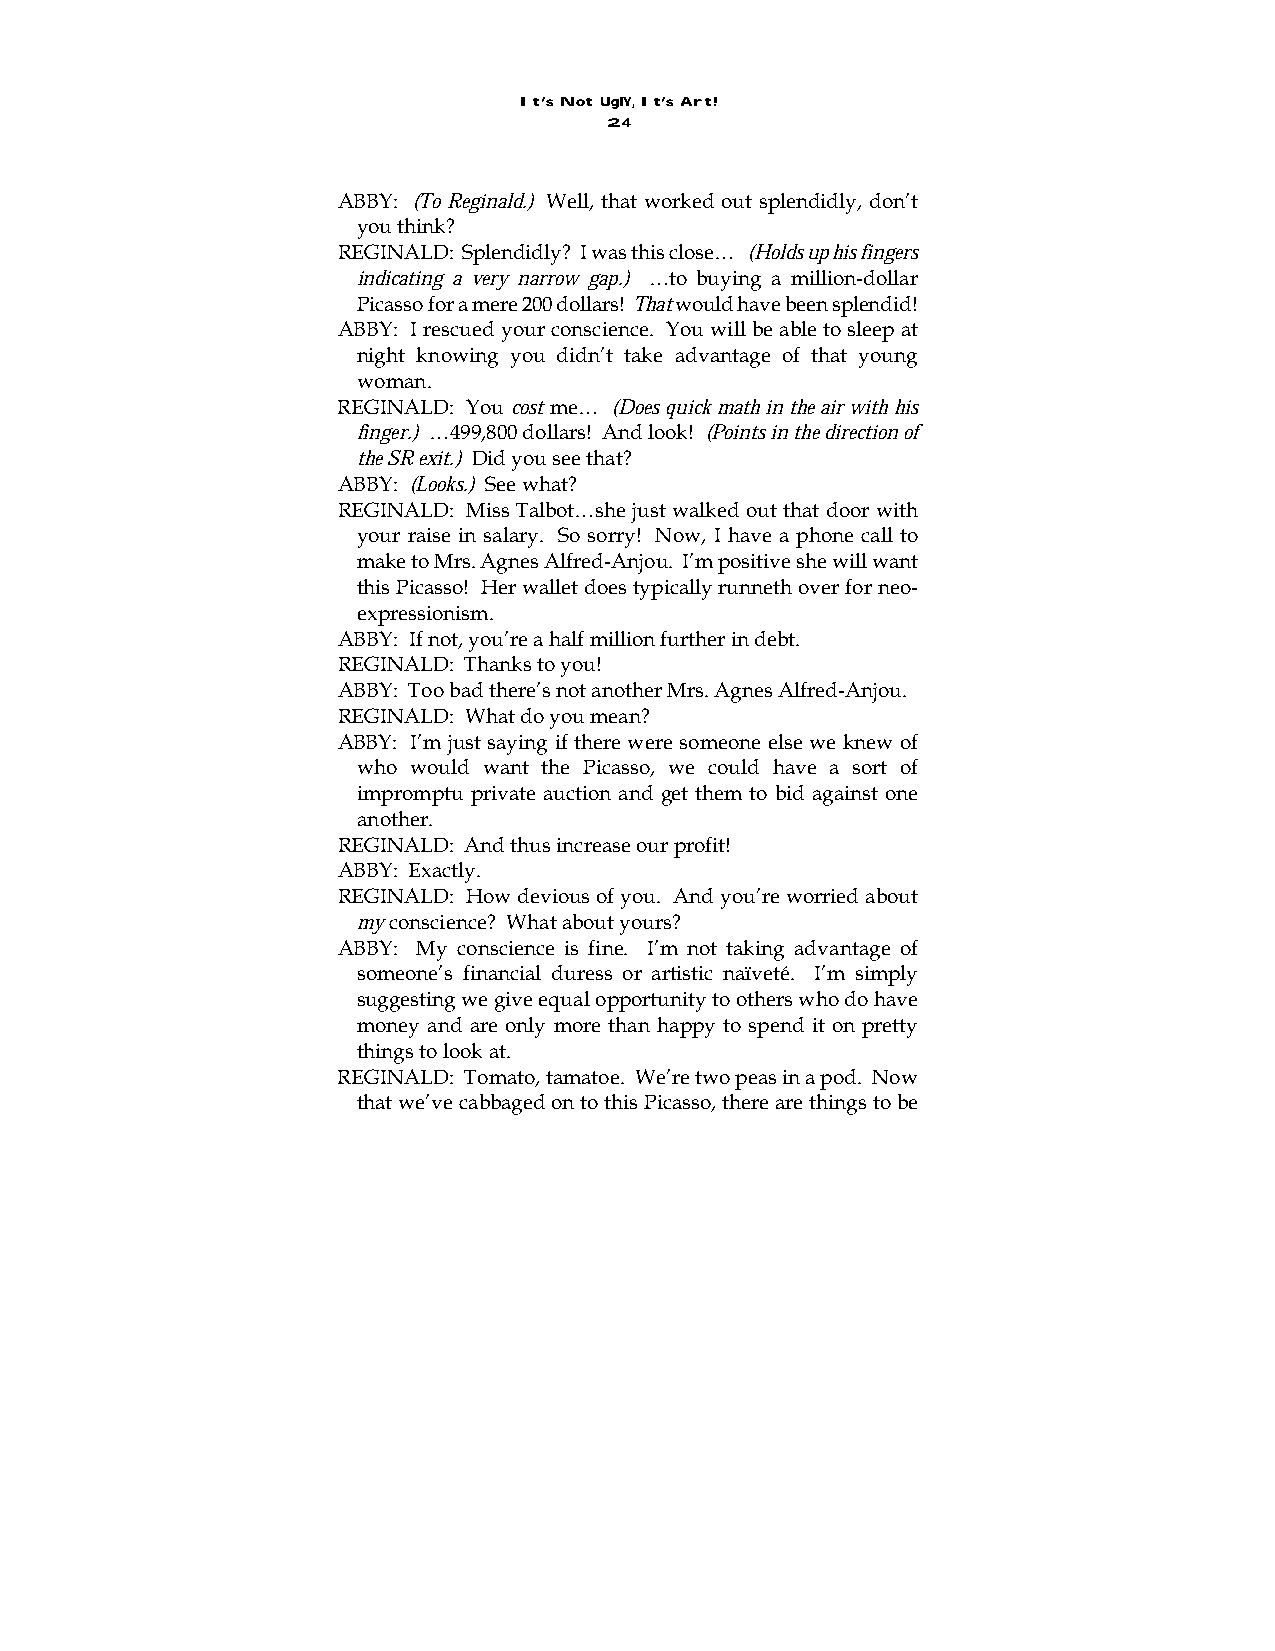
It’s Not UglY, It’s Art!
 24
 ABBY: (To Reginald.) Well, that worked out splendidly, don’t
 you think?
 REGINALD: Splendidly? I was this close… (Holds up his fingers
 indicating a very narrow gap.) …to buying a million-dollar
 Picasso for a mere 200 dollars! That would have been splendid!
 ABBY: I rescued your conscience. You will be able to sleep at
 night knowing you didn’t take advantage of that young
 woman.
 REGINALD: You cost me… (Does quick math in the air with his
 finger.) …499,800 dollars! And look! (Points in the direction of
 the SR exit.) Did you see that?
 ABBY: (Looks.) See what?
 REGINALD: Miss Talbot…she just walked out that door with
 your raise in salary. So sorry! Now, I have a phone call to
 make to Mrs. Agnes Alfred-Anjou. I’m positive she will want
 this Picasso! Her wallet does typically runneth over for neo-
 expressionism.
 ABBY: If not, you’re a half million further in debt.
 REGINALD: Thanks to you!
 ABBY: Too bad there’s not another Mrs. Agnes Alfred-Anjou.
 REGINALD: What do you mean?
 ABBY: I’m just saying if there were someone else we knew of
 who would want the Picasso, we could have a sort of
 impromptu private auction and get them to bid against one
 another.
 REGINALD: And thus increase our profit!
 ABBY: Exactly.
 REGINALD: How devious of you. And you’re worried about
 my conscience? What about yours?
 ABBY: My conscience is fine. I’m not taking advantage of
 someone’s financial duress or artistic naïveté. I’m simply
 suggesting we give equal opportunity to others who do have
 money and are only more than happy to spend it on pretty
 things to look at.
 REGINALD: Tomato, tamatoe. We’re two peas in a pod. Now
 that we’ve cabbaged on to this Picasso, there are things to be